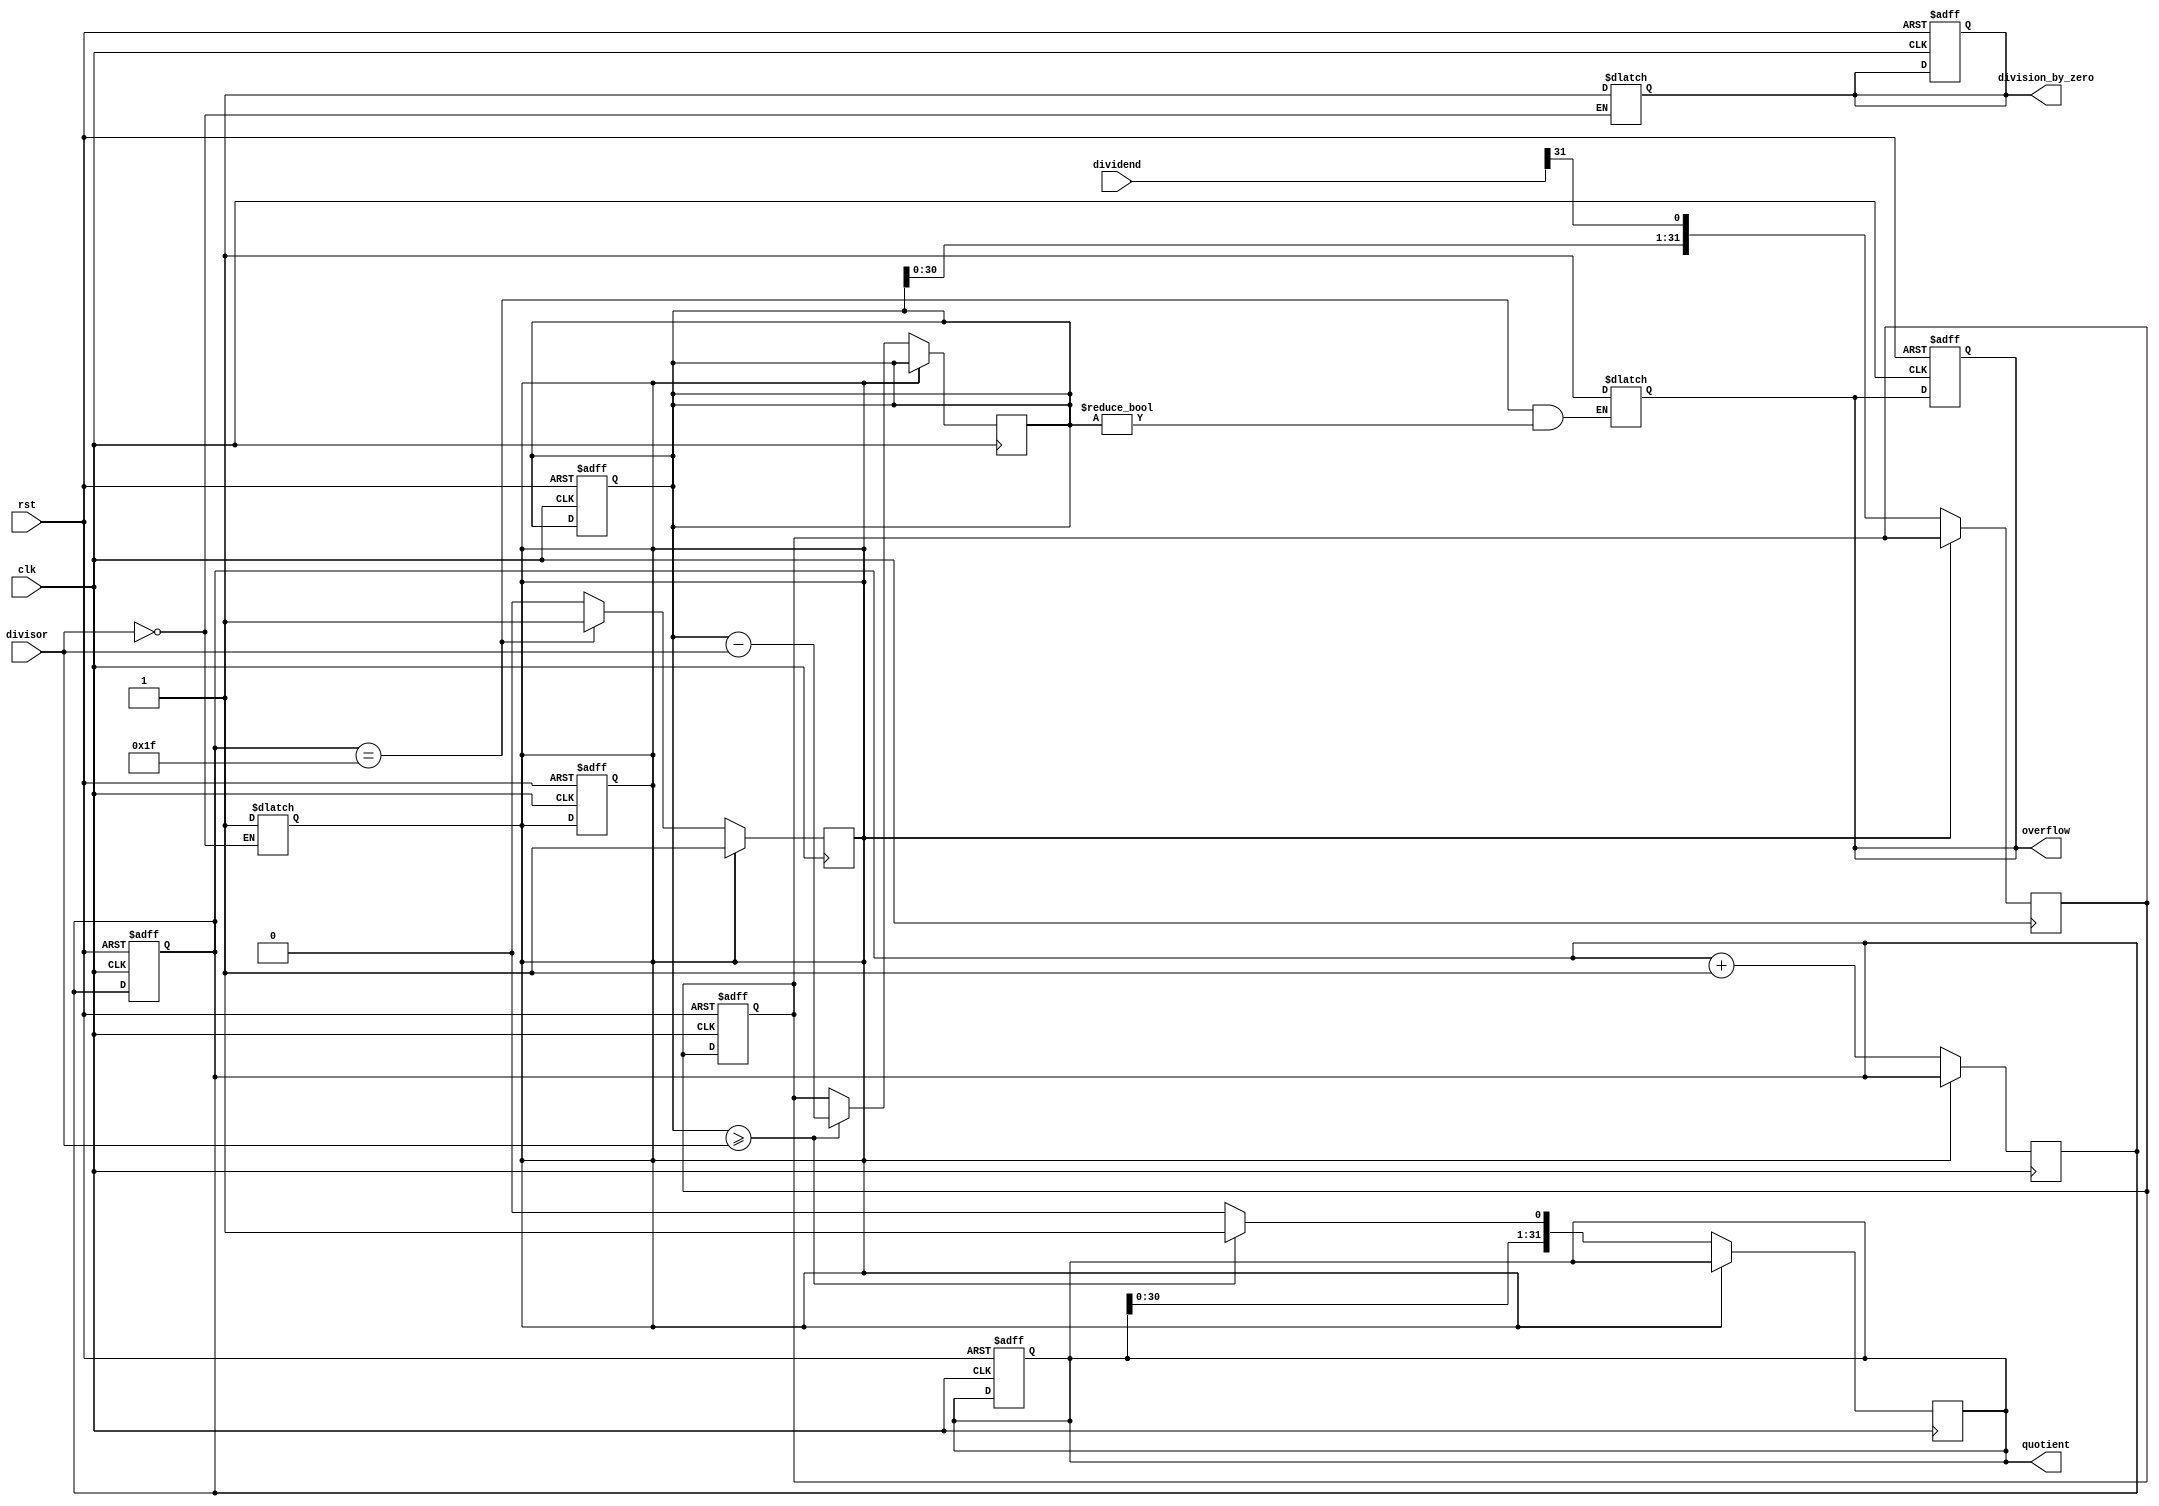
module Sync_Divider (
  input wire clk,
  input wire rst,
  input wire [31:0] dividend,
  input wire [31:0] divisor,
  output reg [31:0] quotient,
  output reg division_by_zero,
  output reg overflow
);

// Declare internal registers
reg [31:0] remainder;
reg [31:0] temp;
reg [5:0] counter;
reg done;

// Initialize internal signals
always @(posedge clk or posedge rst) begin
  if (rst) begin
    remainder <= 32'b0;
    temp <= 32'b0;
    counter <= 6'b0;
    quotient <= 32'b0;
    done <= 1'b0;
    division_by_zero <= 1'b0;
    overflow <= 1'b0;
  end
end

// Synchronous division process
always @(posedge clk) begin
  if (!done) begin
    temp <= {remainder, dividend[31]};
    remainder <= temp;
    if (remainder >= divisor) begin
      remainder <= remainder - divisor;
      quotient <= {quotient, 1'b1};
    end else begin
      quotient <= {quotient, 1'b0};
    end
    if (counter == 31) begin
      done <= 1'b1;
    end
    counter <= counter + 1;
  end
end

// Check for division by zero
always @* begin
  if (divisor == 32'b0) begin
    division_by_zero <= 1'b1;
    done <= 1'b1;
  end
end

// Check for overflow condition
always @* begin
  if (counter == 31 && remainder != 32'b0) begin
    overflow <= 1'b1;
  end
end

endmodule